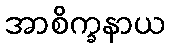
အာစိက္ခနာယ